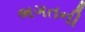
ભગતની